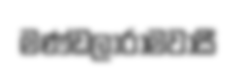
මණ්ඩලාරාමවාසී